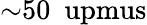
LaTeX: {\sim}50~\mathrm{\ upmus}